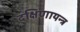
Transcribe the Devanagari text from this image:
दक्षिणायन्त्र